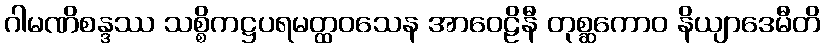
ဂါမဏိစန္ဒဿ သစ္စိကဋ္ဌပရမတ္ထဝသေန အာဝေဠိနီ တုစ္ဆကောဝ နိယျာဒေမီတိ